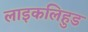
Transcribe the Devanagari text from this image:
लाइकलिहुड